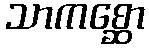
သာကစ္ဆော